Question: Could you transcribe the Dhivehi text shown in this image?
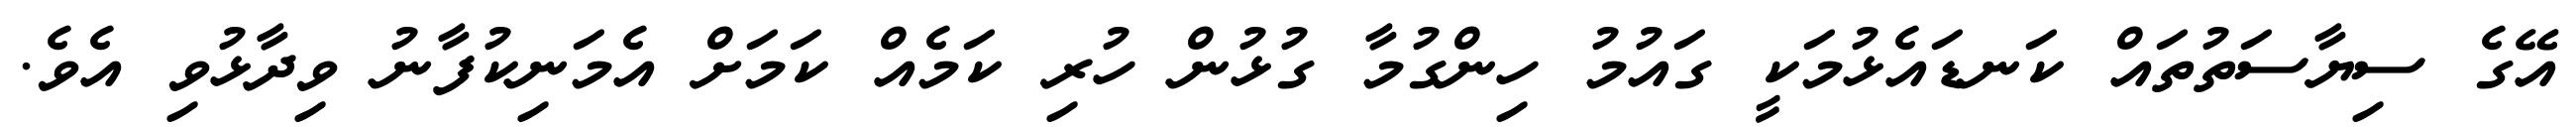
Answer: އޭގެ ސިޔާސަތުތައް ކަނޑައެޅުމަކީ ގައުމު ހިންގުމާ ގުޅުން ހުރި ކަމެއް ކަމަށް އެމަނިކުފާނު ވިދާޅުވި އެވެ.